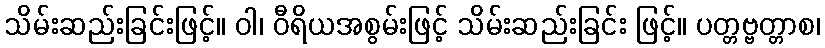
သိမ်းဆည်းခြင်းဖြင့်။ ဝါ၊ ဝီရိယအစွမ်းဖြင့် သိမ်းဆည်းခြင်း ဖြင့်။ ပတ္တဗ္ဗတ္တာစ၊